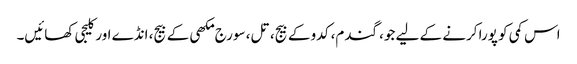
اس کمی کو پورا کرنے کے لیے جو، گندم، کدو کے بیج، تل، سورج مکھی کے بیج، انڈے اور کلیجی کھائیں۔